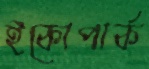
ইকোপার্ক